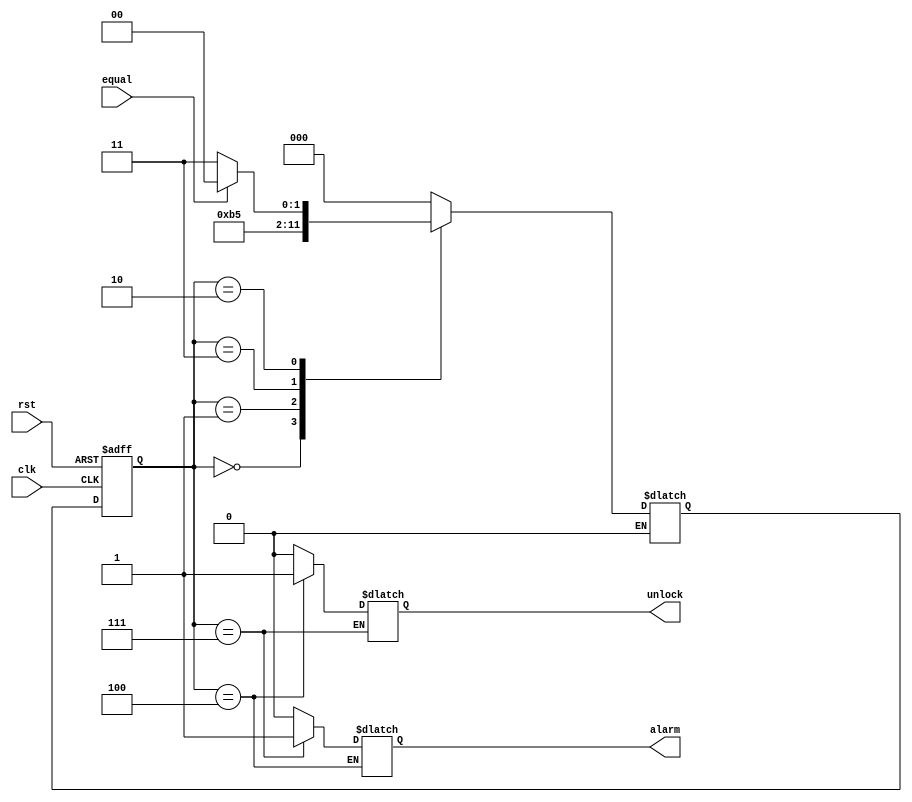
///////////// Moore FSM ///////////// 
module FSM_Proj(
input  wire        equal ,
input  wire        rst,
input  wire        clk,
output reg         unlock,
output reg         alarm
);



localparam  [2:0]    Reset=3'b110,
                     IDLE = 3'b000,
                     S1 = 3'b001,
                     S2 = 3'b011,
					 S3 = 3'b010,
					 ALARM=3'b111,
					 UNLOCK = 3'b100 ;
					 
reg    [2:0]         current_state,
                     next_state ;
		
// state transition 		
always @(posedge clk or posedge rst)
 begin
  if(rst)
   begin
     current_state <= Reset ;
   end
  else
   begin
     current_state <= next_state ;
   end
 end
 
// next_state logic
always @(*)
 begin
  case(current_state)
  Reset:    begin
             if(equal==0|equal==1)
               next_state = IDLE ;		  
             end
  IDLE     : begin
             if(equal==0|equal==1)
               next_state = S1 ;		  
             end
			 
  S1       : begin
            if(equal==0 |equal==1)
               next_state = S2 ;		  
             end	   
          
  S2     : begin
             if(equal==0|equal==1)
               next_state = S3 ;		  
             end	    
            
  S3    : begin
             if(equal)
			   next_state = UNLOCK ;
			  else 
               next_state = ALARM;
                 			   
              
            end
 		 
  UNLOCK  : begin
               next_state = IDLE ;
            end	
			
  ALARM : begin
               next_state = IDLE ;
            end			
			
  default :   next_state = IDLE ;		 
  
  endcase
end	


// next_state logic
always @(*)
 begin
  case(current_state)
  Reset:   begin
              unlock=1'b0 ;	
               alarm=1'b0;			  
             end
  IDLE     : begin
              unlock=1'b0 ;	
               alarm=1'b0;			  
             end
  S1       : begin
              unlock=1'b0 ;
			  alarm=1'b0;	
             end	
  S2     : begin
              unlock =1'b0 ;
              alarm=1'b0;				  
             end
  S3     : begin
              unlock =1'b0 ;
              alarm=1'b0;			  
             end
 		 
  UNLOCK   : begin  
              unlock = 1'b1 ;	
             end
  ALARM  : begin
              alarm = 1'b1 ;	
             end
			 
  default  : begin
               alarm = 1'b0 ;
              unlock = 1'b0 ;
             end			  
  endcase
 end	
		
		
endmodule